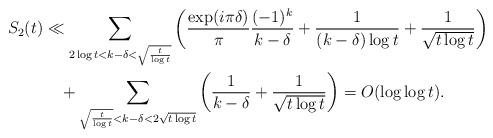
LaTeX: \begin{align*}S_2(t) &\ll \sum_{2\log t<k-\delta<\sqrt{\frac{t}{\log t}}} \left(\frac{\exp(i\pi \delta)}{\pi}\frac{ (-1)^k }{k-\delta}+\frac{1}{(k-\delta)\log t}+\frac{1}{\sqrt{t\log t}}\right) \\&\quad+ \sum_{\sqrt{\frac{t}{\log t}}<k-\delta<2\sqrt{t\log t}} \left(\frac{1}{k-\delta}+\frac{1}{\sqrt{t\log t}}\right)=O(\log \log t).\end{align*}